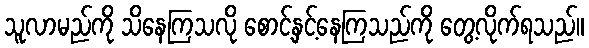
သူလာမည်ကို သိနေကြသလို စောင့်နှင့်နေကြသည်ကို တွေ့လိုက်ရသည်။